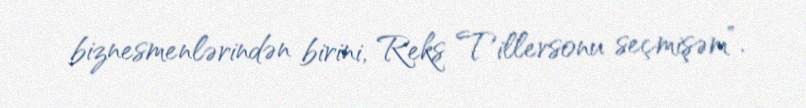
biznesmenlərindən birini, Reks Tillersonu seçmişəm”.